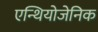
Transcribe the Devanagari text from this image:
एन्थियोजेनिक